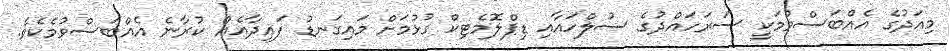
މިއަދުގެ އެއްބަސްވުމަކީ ސަރަހައްދުގެ ސުލްހައާއި ޑިޕްލޮމެޓިކް ގުޅުމަށް މައިގަނޑު ފައިދާއެއް ކުރާނެ އެއްބަސްވުމެކެވެ.